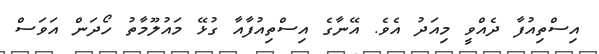
އިސްތިއުފާ ދެއްވީ މިއަދު އެވެ. އޭނާގެ އިސްތިއުފާއާ ގުޅޭ މައުލޫމާތު ހޯދަން އަވަސް